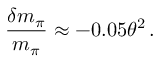
\frac { \delta m _ { \pi } } { m _ { \pi } } \approx - 0 . 0 5 \theta ^ { 2 } \, .